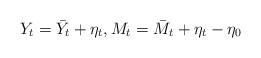
LaTeX: \begin{align*}Y_t=\bar{Y}_t+\eta_t,M_t=\bar{M}_t+\eta_t-\eta_0\end{align*}